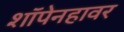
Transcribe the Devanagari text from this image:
शॉपेनहावर